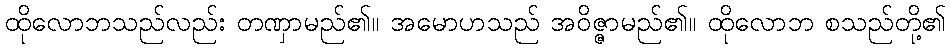
ထိုလောဘသည်လည်း တဏှာမည်၏။ အမောဟသည် အဝိဇ္ဇာမည်၏။ ထိုလောဘ စသည်တို့၏